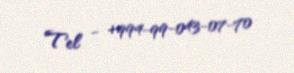
Tel - +994-99-043-07-70